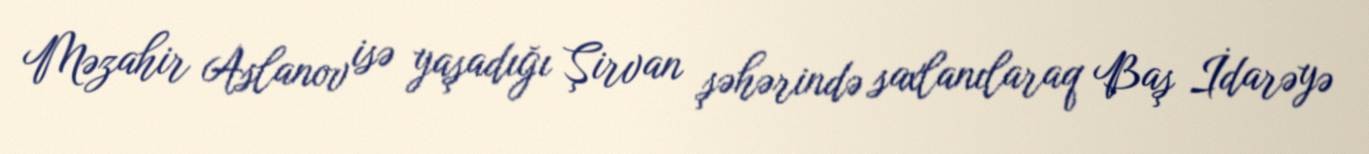
Məzahir Aslanov isə yaşadığı Şirvan şəhərində saxlanılaraq Baş İdarəyə